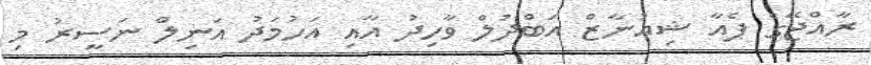
ރާއްޖޭގެ ޕެއާ ޝިއުނާޒް އަބްދުލް ވާހިދު އާއި އަހުމަދު އަނިލް ނަސީރު މި